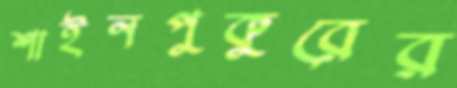
শাইনপুকুরের